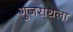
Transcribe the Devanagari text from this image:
गुजराथला